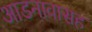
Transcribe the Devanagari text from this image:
आडनावासह